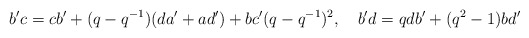
\begin{align*}b'c=cb'+(q-q^{-1})(da'+ad')+bc'(q-q^{-1})^2, \quad b'd=qdb'+(q^2-1)bd'\end{align*}